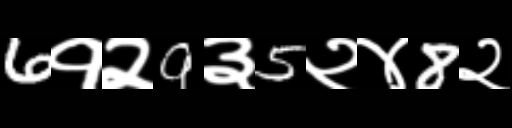
Text: 6१२9३5२४8२